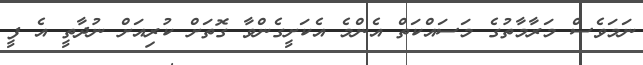
ނަމަވެސް މަރާމާތުގެ މަސައްކަތް އެންމެ އެކަށީގެންވާ ގޮތަށް ކުރިއަށް ނުދާތީ އެ ފީ